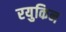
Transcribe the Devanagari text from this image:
रयुकिन